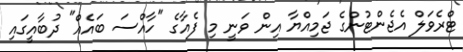
ޓްރެވަލް އެޖެންޓުންގެ ޖަމިއްޔާ އިން ވަނީ މި ފެއާގެ "ހާއްސަ ބައެއް" ދުބާއީގައި